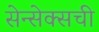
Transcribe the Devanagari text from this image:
सेन्सेक्सची